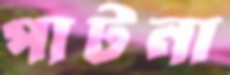
পাটনা